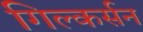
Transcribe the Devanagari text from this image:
गिल्कर्सन